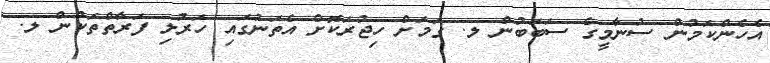
އެހެންކަމުން ސުނާމީގެ ސަބަބުން ލ. ގަމަށް ހިޖުރަކޮށް އެތަނުގައި ހަރުލި ފަރާތްތަކުން ލ.